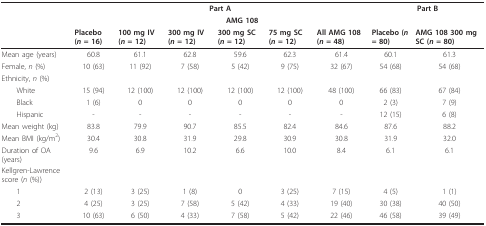
|  | <COLSPAN=6> Part A | <COLSPAN=2> Part B |
 |  |  | <COLSPAN=5> AMG 108 |  |  |
 |  | Placebo (n = 16) | 100 mg IV (n = 12) | 300 mg IV (n = 12) | 300 mg SC (n = 12) | 75 mg SC (n = 12) | All AMG 108 (n = 48) | Placebo (n = 80) | AMG 108 300 mg SC (n = 80) |
 | --- | --- | --- | --- | --- | --- | --- | --- | --- |
 | Mean age (years) | 60.8 | 61.1 | 62.8 | 59.6 | 62.3 | 61.4 | 60.1 | 61.3 |
 | Female, n (%) | 10 (63) | 11 (92) | 7 (58) | 5 (42) | 9 (75) | 32 (67) | 54 (68) | 54 (68) |
 | Ethnicity, n (%) |  |  |  |  |  |  |  |  |
 | White | 15 (94) | 12 (100) | 12 (100) | 12 (100) | 12 (100) | 48 (100) | 66 (83) | 67 (84) |
 | Black | 1 (6) | 0 | 0 | 0 | 0 | 0 | 2 (3) | 7 (9) |
 | Hispanic | - | - | - | - | - | - | 12 (15) | 6 (8) |
 | Mean weight (kg) | 83.8 | 79.9 | 90.7 | 85.5 | 82.4 | 84.6 | 87.6 | 88.2 |
 | Mean BMI (kg/m2) | 30.4 | 30.8 | 31.9 | 29.8 | 30.9 | 30.8 | 31.9 | 32.0 |
 | Duration of OA (years) | 9.6 | 6.9 | 10.2 | 6.6 | 10.0 | 8.4 | 6.1 | 6.1 |
 | Kellgren-Lawrence score (n (%)) |  |  |  |  |  |  |  |  |
 | 1 | 2 (13) | 3 (25) | 1 (8) | 0 | 3 (25) | 7 (15) | 4 (5) | 1 (1) |
 | 2 | 4 (25) | 3 (25) | 7 (58) | 5 (42) | 4 (33) | 19 (40) | 30 (38) | 40 (50) |
 | 3 | 10 (63) | 6 (50) | 4 (33) | 7 (58) | 5 (42) | 22 (46) | 46 (58) | 39 (49) |